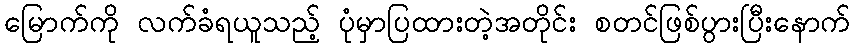
မြောက်ကို လက်ခံရယူသည့် ပုံမှာပြထားတဲ့အတိုင်း စတင်ဖြစ်ပွားပြီးနောက်